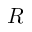
R